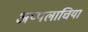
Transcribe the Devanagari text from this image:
अप्पलाचिया